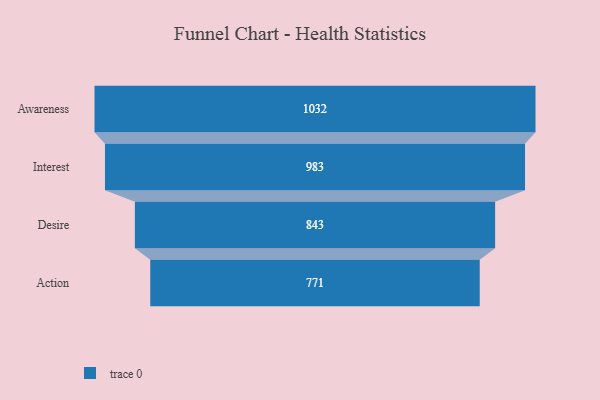
{"axis": {"x": "Stage", "y": "Value"}, "legend": [""], "data": [{"x": "Awareness", "y": 1032.0, "type": ""}, {"x": "Interest", "y": 983.0, "type": ""}, {"x": "Desire", "y": 843.0, "type": ""}, {"x": "Action", "y": 771.0, "type": ""}]}